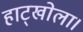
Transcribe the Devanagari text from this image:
हाट्खोला।